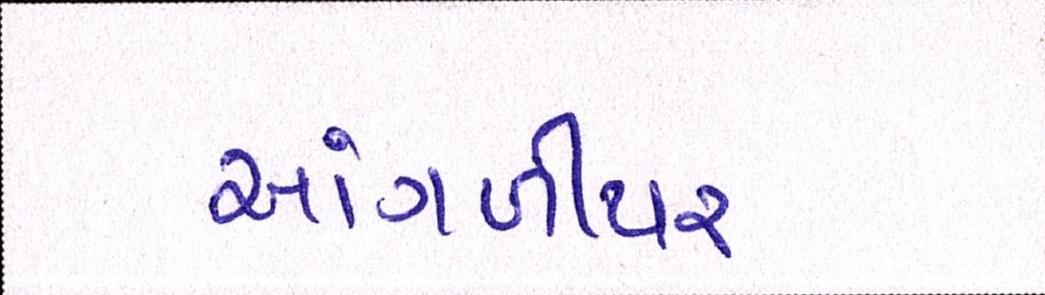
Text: આંગળીપર